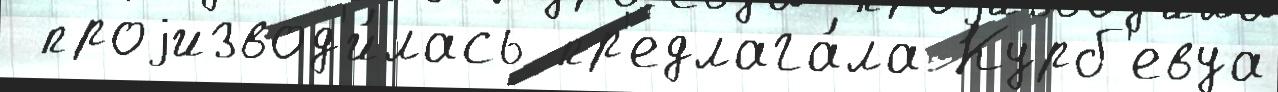
 проjизвод'и́лась пр'едлага́ла Курб'евуа